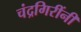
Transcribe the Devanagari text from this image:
चंद्रगिरींनी